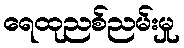
ရေထုညစ်ညမ်းမှု